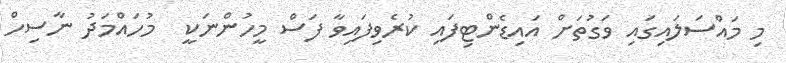
މި މައްސަލައިގައި ވަގުތަށް އައިޑެންޓިފައި ކުރެވިފައިވާ ފަސް މީހުންނަަކީ  މުހައްމަދު ނާސިހް